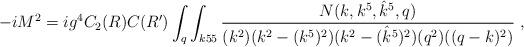
LaTeX: \begin{align*}-i M^2 = i g^4 C_2(R) C(R') \int_q \int_{k55}{ N(k,k^5,{\hat k}^5,q)\over (k^2)(k^2 - (k^5)^2)(k^2 -( {\hat k}^5)^2) (q^2)((q-k)^2)} \ ,\end{align*}